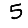
Digit: 5